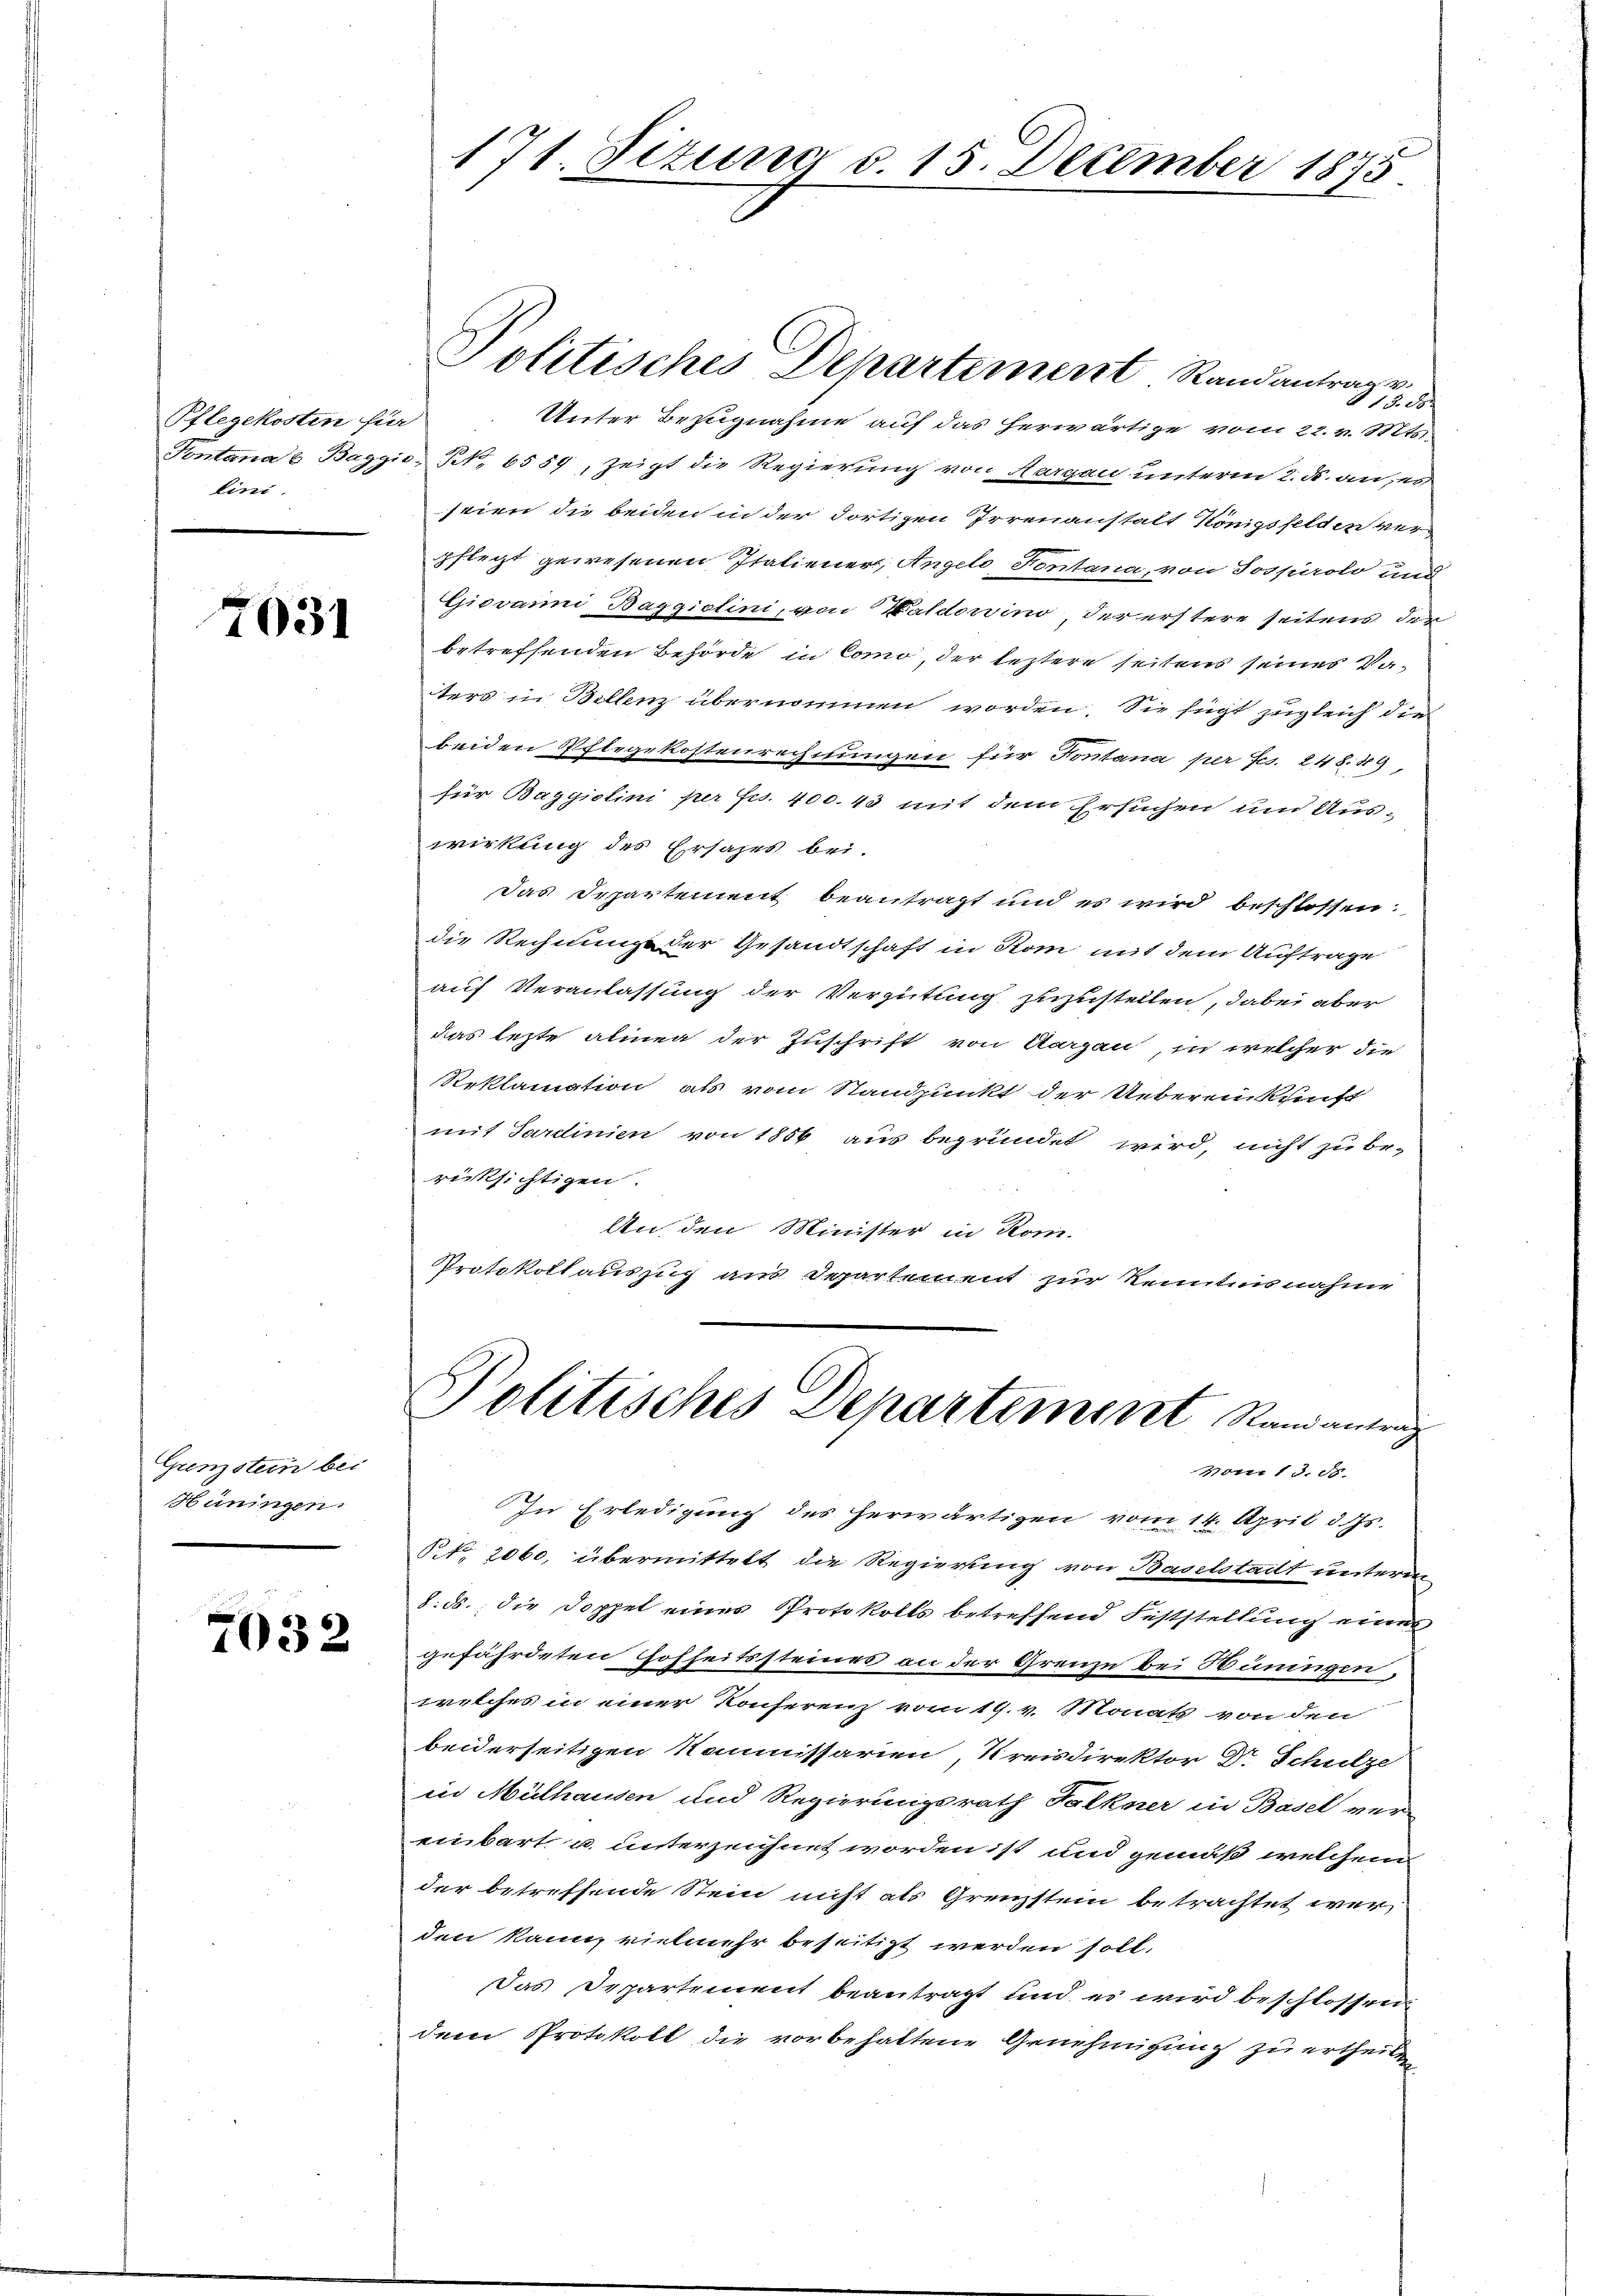
Pflegekosten für
lini.

7031

Grenzstein bei
Hüningen.

7032

Politisches Departement Randantrag v.
413. 38
Unter Bezugnahme auf das herwärtige vom 22. v. Mts.
Pontana 6 Baggio, N. 6559, zeigt die Regierung von Aargau unterm 2. ds. an, es
seien die beiden in der dortigen Irrenanstalt Königsfelden ver
pflegt gewesenen Italiener, Angele, Fontana, von Sospirolo und
Giovanni Baggietini, von Baldewino, der erstere seitens der
betreffenden Behörde in Como, der leztere seitens seines Vaters in Bellenz übernommen worden. Sie fügt zugleich die
beiden Pflegekostenrechnungen für Fontana per Jes. 248. 49,
für Baggiolini per f. 400. 43 mit dem Ersuchen und Auswirkung des Ersahes bei.
Das Departement beantragt und es wird beschlossen:
die Rechnung der Gesandtschaft in Rom mit dem Auftrage
auf Veranlassung der Vergütung zuzustellen, dabei aber
das lezte alien der Zuschrift von Aargau, in welcher die
Reklamation als vom Standpunkt der Uebereinkunft
mit Sardinien von 1856 aus begründet wird, nicht zu berücksichtigen.
An den Minister in Rom.
Protokoll auszug aus Departement zur Kenntnisnahme

171. Situng d. 15. December 1875.

In Erledigung des herwärtigen vom 14. April d. Js.
NNo. 2060, übermittelt die Regierung von Baselstadt unterm
8. ds., die Doppel eines Protokolls betreffend Feststellung eines
gefährdeten Hofheitssteines an der Grenze bei Hüningen.
welches in einer Konferenz vom 19. v. Monats von den
beiderseitigen Kommissarien, Kreisdirektor Dr. Schulze
in Mülhausen und Regierungsrath Falkner in Basel ver-
einbart u. unterzeichnet worden ist und gemäß welchem
der betreffende Stein nicht als Grenzstein betrachtet werden kann, vielmehr beseitigt werden soll.
Das Departement beantragt und es wird beschlossen
dem Protokoll die vorbehaltene Genehmigung zu ertheilen

Politisches Departement Randantrag
Vonr 1 S. 88.